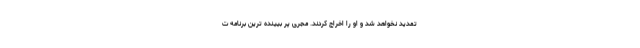
تمدید نخواهد شد و او را اخراج کردند. مجری پر بیینده ترین برنامه ت